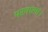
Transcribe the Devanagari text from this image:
परमात्मा।